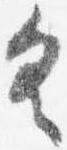
具